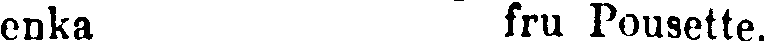
enka fru Pousette.